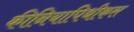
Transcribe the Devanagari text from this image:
कीनियापिथीकस